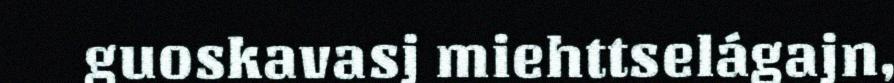
guoskavasj miehttselágajn,